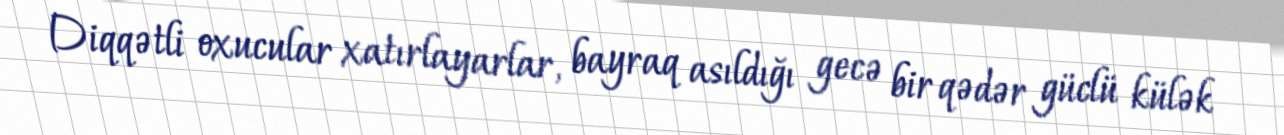
Diqqətli oxucular xatırlayarlar, bayraq asıldığı gecə bir qədər güclü külək